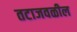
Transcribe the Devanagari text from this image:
तटाजवळील